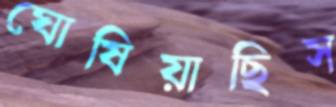
ঘোষিয়াছিস